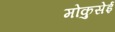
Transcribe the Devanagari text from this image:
मोकुसेई